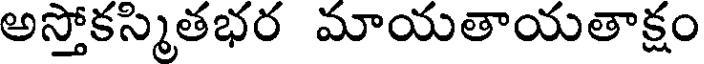
అస్తోకస్మితభర మాయతాయతాక్షం